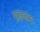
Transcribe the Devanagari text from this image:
गुह्यतम